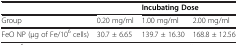
<table><thead><tr><td><b> </b></td><td><b> </b></td><td colspan="2"><b>Incubating Dose</b></td></tr></thead><tbody><tr><td>Group</td><td>0.20 mg/ml</td><td>1.00 mg/ml</td><td>2.00 mg/ml</td></tr><tr><td>FeO NP (μg of Fe/10<sup>6</sup> cells)</td><td>30.7 ± 6.65</td><td>139.7 ± 16.30</td><td>168.8 ± 12.56</td></tr></tbody></table>